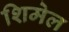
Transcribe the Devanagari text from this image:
शिमेल